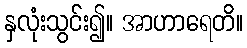
နှလုံးသွင်း၍။ အာဟာရေတိ။